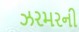
ઝરમરની